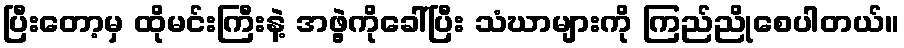
ပြီးတော့မှ ထိုမင်းကြီးနဲ့ အဖွဲ့ကိုခေါ်ပြီး သံဃာများကို ကြည်ညိုစေပါတယ်။